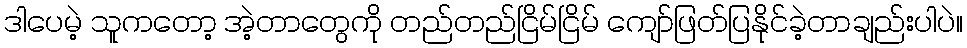
ဒါပေမဲ့ သူကတော့ အဲ့တာတွေကို တည်တည်ငြိမ်ငြိမ် ကျော်ဖြတ်ပြနိုင်ခဲ့တာချည်းပါပဲ။